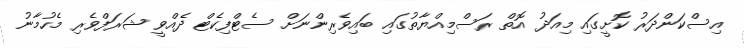
އިސްކަންދަރު ކޮށީގައި މިއަދު އޮތް ރަސްމިއްޔާތުގައި ބައިވެރިންނަށް ސެޓްފިކެޓް ދެއްވީ ޝަރަފްވެރި މެހުމާނު